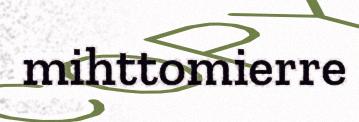
mihttomierre